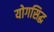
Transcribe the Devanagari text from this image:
योगसिद्ध